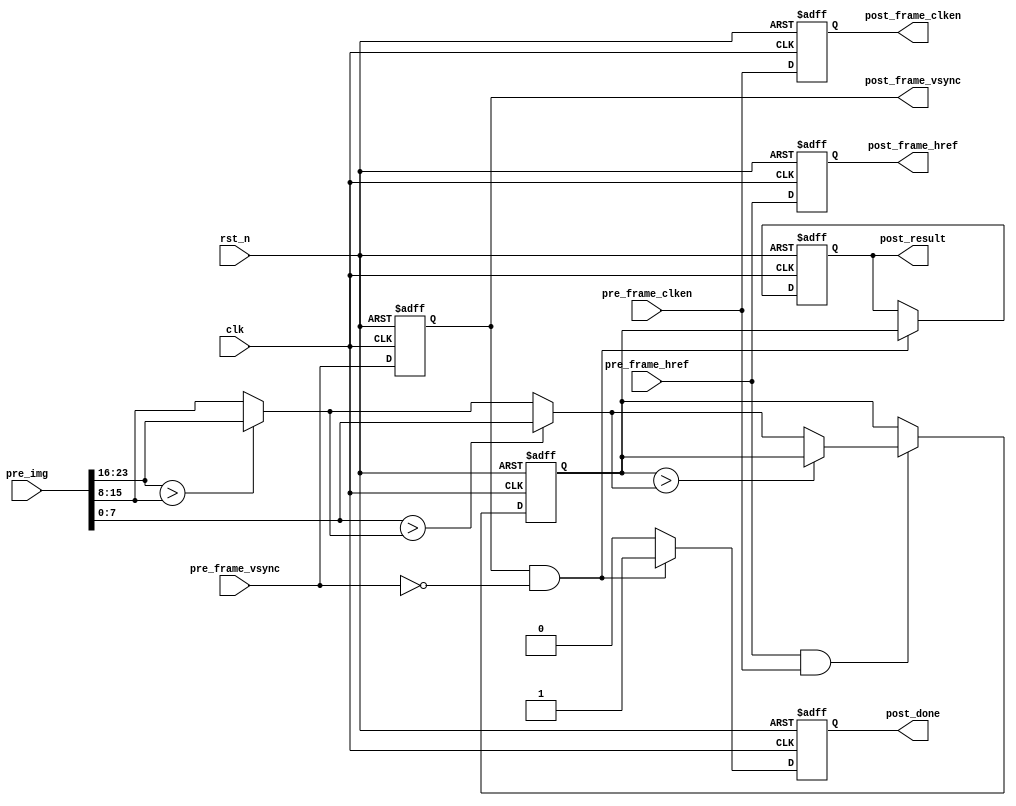
module calculate_A(
        input           clk                 ,
        input           rst_n               ,  
        
        input           pre_frame_vsync     , 
        input           pre_frame_href      ,  
        input           pre_frame_clken     , 
        input   [23:0]  pre_img             ,       
        
        output          post_frame_vsync    , 
        output          post_frame_href     ,  
        output          post_frame_clken    ,
        output  [7 :0]  post_result         , 
        output          post_done
);

reg     [7 : 0]     A_value                 ;
reg     [7 : 0]     A_value_out             ;
reg                 A_value_valid           ;

reg                 pre_frame_vsync_d1      ; 
reg                 pre_frame_href_d1       ;  
reg                 pre_frame_clken_d1      ; 



wire    [7 : 0]     pixel_of_r;
wire    [7 : 0]     pixel_of_g;
wire    [7 : 0]     pixel_of_b;
wire    [7 : 0]     pixel_max_of_rgb_1st;
wire    [7 : 0]     pixel_max_of_rgb_2st;

assign      pixel_of_r  =   pre_img[23 : 16];
assign      pixel_of_g  =   pre_img[15 :  8];
assign      pixel_of_b  =   pre_img[ 7 :  0];

assign  pixel_max_of_rgb_1st    =   pixel_of_r > pixel_of_g ? pixel_of_r : pixel_of_g;
assign  pixel_max_of_rgb_2st    =   pixel_of_b > pixel_max_of_rgb_1st ? pixel_of_b : pixel_max_of_rgb_1st;


always@(posedge clk or negedge rst_n)begin
    if(!rst_n)begin
        A_value <=  0;
    end
    else if(pre_frame_href & pre_frame_clken) begin
        A_value <=  A_value > pixel_max_of_rgb_2st ? A_value : pixel_max_of_rgb_2st;
    end
end


always@(posedge clk or negedge rst_n)begin
    if(!rst_n)begin
        pre_frame_vsync_d1      <=  0               ;
        pre_frame_href_d1       <=  0               ;
        pre_frame_clken_d1      <=  0               ;
    end
    else begin
        pre_frame_vsync_d1      <=  pre_frame_vsync ;
        pre_frame_href_d1       <=  pre_frame_href  ;
        pre_frame_clken_d1      <=  pre_frame_clken ;
    end
end

always@(posedge clk or negedge rst_n)begin
    if(!rst_n)begin
        A_value_out <=  8'd230;
    end
    else if(pre_frame_vsync_d1 & !pre_frame_vsync)begin
        A_value_out <=  A_value;
    end
end

always@(posedge clk or negedge rst_n)begin
    if(!rst_n)begin
        A_value_valid   <=  0;
    end
    else if(pre_frame_vsync_d1 & !pre_frame_vsync)begin
        A_value_valid   <=  1;
    end
    else begin
        A_value_valid   <=  0;
    end
end



assign  post_frame_vsync    =   pre_frame_vsync_d1  ;
assign  post_frame_href     =   pre_frame_href_d1   ;
assign  post_frame_clken    =   pre_frame_clken_d1  ;
assign  post_result         =   A_value_out         ;
assign  post_done           =   A_value_valid       ;

endmodule